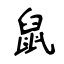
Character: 鼠